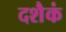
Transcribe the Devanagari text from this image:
दशैकं